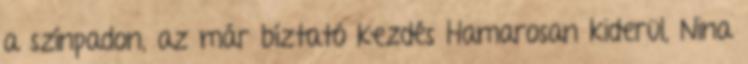
a színpadon, az már bíztató kezdés Hamarosan kiderül, Nina